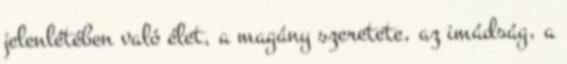
jelenlétében való élet, a magány szeretete, az imádság, a